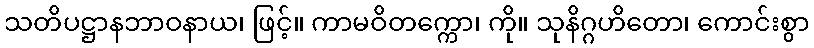
သတိပဋ္ဌာနဘာဝနာယ၊ ဖြင့်။ ကာမဝိတက္ကော၊ ကို။ သုနိဂ္ဂဟိတော၊ ကောင်းစွာ